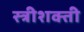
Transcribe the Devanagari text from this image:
स्त्रीशक्ती